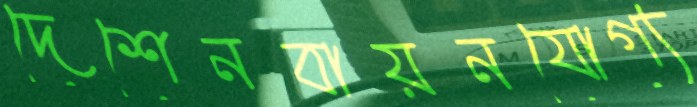
দেশেনবায়নযোগ্য